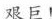
艰巨！